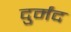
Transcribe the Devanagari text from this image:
दुर्मंद